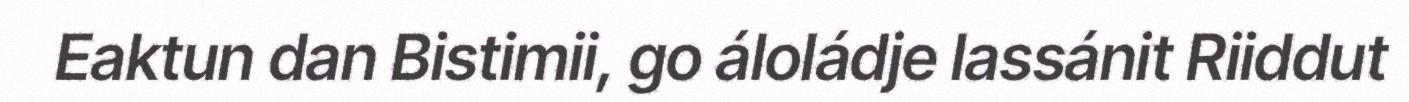
Eaktun dan Bistimii, go áloládje lassánit Riiddut